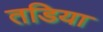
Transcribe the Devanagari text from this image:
तडिया